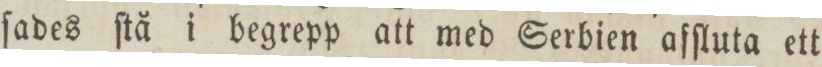
ſades ſtå i begrepp att med Serbien afſluta ett